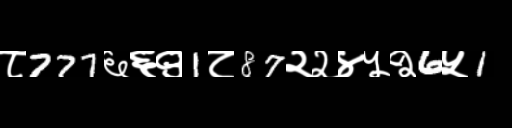
Text: ८777६६९1८87२२४५२6५1